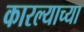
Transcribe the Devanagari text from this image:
कारल्याच्या